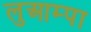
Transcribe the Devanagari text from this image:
लुआम्पा